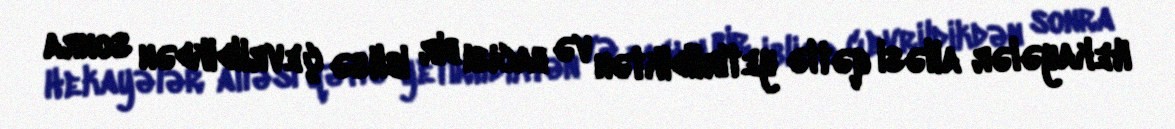
Hekayələr ailəsi qətlə yetirildiktən və bacısı bir iblisə çevrildikdən sonra